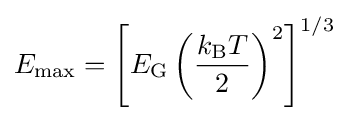
E_{\rm {max}}=\left[E_{\rm {G}}\left({\frac {k_{\rm {B}}T}{2}}\right)^{2}\right]^{1/3}